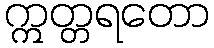
ဣတ္တရတော